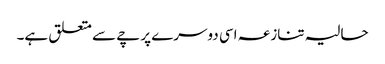
حالیہ تنازعہ اسی دوسرے پرچے سے متعلق ہے۔